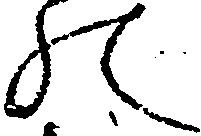
の